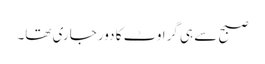
صبح سے ہی گراوٹ کا دور جاری تھا۔